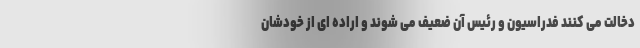
دخالت می کنند فدراسیون و رئیس آن ضعیف می شوند و اراده ای از خودشان